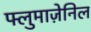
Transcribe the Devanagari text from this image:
फ्लुमाज़ेनिल